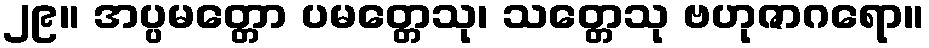
၂၉။ အပ္ပမတ္တော ပမတ္တေသု၊ သတ္တေသု ဗဟုဇာဂရော။